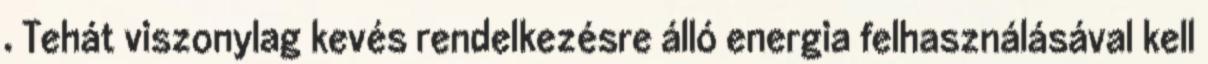
. Tehát viszonylag kevés rendelkezésre álló energia felhasználásával kell